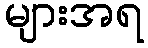
များအရ